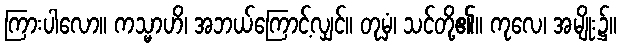
ကြားပါလော။ ကသ္မာဟိ၊ အဘယ်ကြောင့်လျှင်။ တုမှံ၊ သင်တို့၏။ ကုလေ၊ အမျိုး၌။